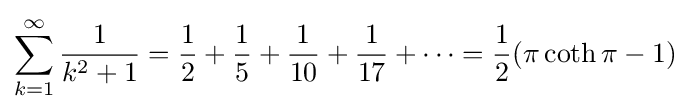
\sum _{k=1}^{\infty }{\frac {1}{k^{2}+1}}={\frac {1}{2}}+{\frac {1}{5}}+{\frac {1}{10}}+{\frac {1}{17}}+\cdots ={\frac {1}{2}}(\pi \coth \pi -1)